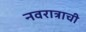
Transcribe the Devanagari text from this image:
नवरात्राची